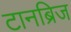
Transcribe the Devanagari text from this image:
टानब्रिज